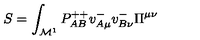
S = \int _ { { \cal M } ^ { 1 } } P _ { A B } ^ { + + } v _ { A \mu } ^ { - } v _ { B \nu } ^ { - } \Pi ^ { \mu \nu }